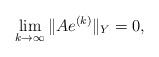
LaTeX: \begin{align*} \lim \limits_{k \to \infty} \|Ae^{(k)}\|_Y =0,\end{align*}